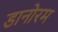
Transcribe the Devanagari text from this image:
डानोरम